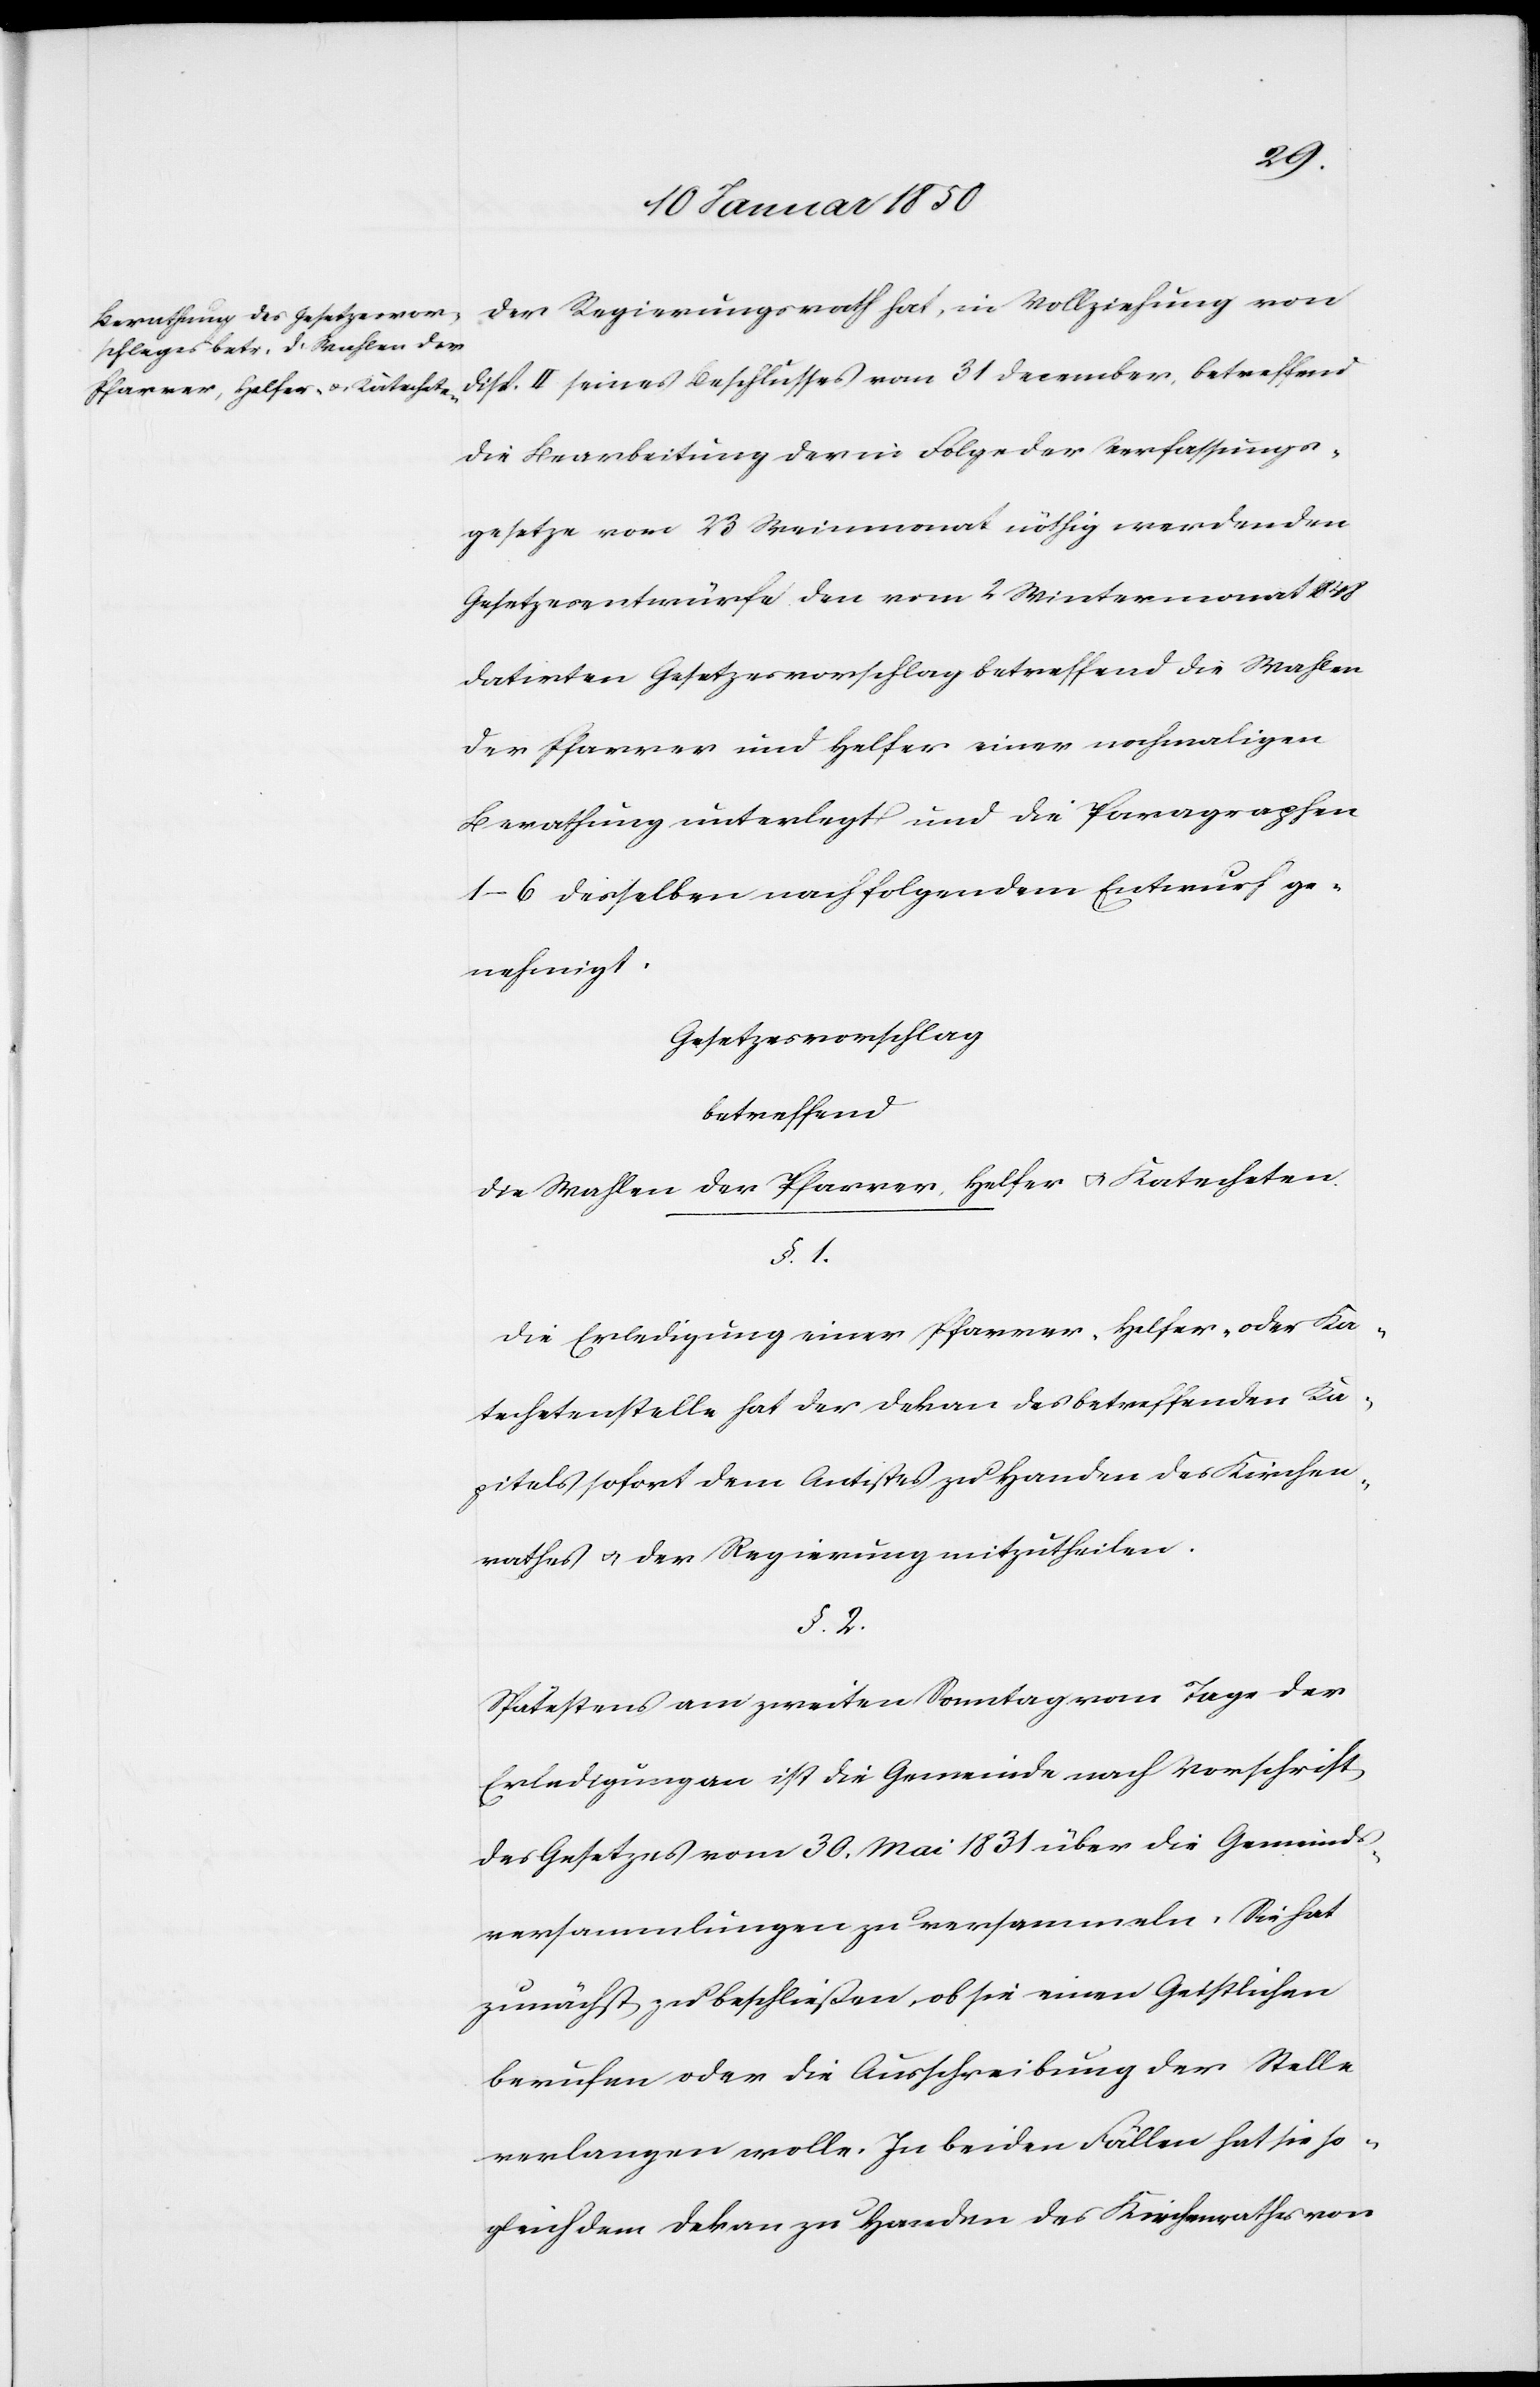
Der Regierungsrath hat, in Vollziehung von
Disp. II seines Beschlusses vom 31 December, betreffend
die Bearbeitung der in Folge der Verfassungs¬
gesetze vom 23 Weinmonat nöthig werdenden
Gesetzesentwürfe den vom 2 Wintermonat
datirten Gesetzesvorschlag betreffend die Wahlen
der Pfarrer und Helfer einer nochmaligen
Berathung unterlegt und die Paragraphen
1–6 desselben nachfolgendem Entwurf ge¬
nehmigt.
Gesetzesvorschlag
betreffend
die Wahlen der Pfarrer, Helfer u. Katecheten.
§. 1.
Die Erledigung einer Pfarrer-[,] Helfer- oder Ka¬
techetenstelle hat der Dekan des betreffenden Ka¬
pitels sofort dem Antistes zu Handen des Kirchen¬
rathes u. der Regierung mitzutheilen.
§. 2.
Spätestens am zweiten Sonntag vom Tage der
Erledigung an ist die Gemeinde nach Vorschrift
des Gesetzes vom 30. Mai 1831 über die Gemeinds¬
versammlungen zu versammeln. Sie hat
zunächst zu beschließen, ob sie einen Geistlichen
berufen oder die Ausschreibung der Stelle
verlangen wolle. In beiden Fällen hat sie so¬
gleich dem Dekan zu Handen des Kirchenrathes von